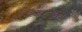
૧૪૯૬ના